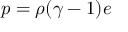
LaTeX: p = \rho ( \gamma - 1 ) e